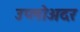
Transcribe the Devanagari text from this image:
उप्लोअदर